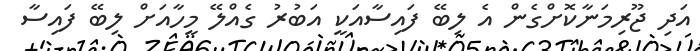
އަދި ޖޫރިމަނާކޮށްގެން އެ ލިބޭ ފައިސާއަކީ އަބުރު ގެއްލޭ މީހާއަށް ލިބޭ ފައިސާ